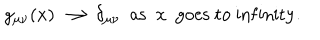
LaTeX: g _ { \mu \nu } ( x ) \longrightarrow \delta _ { \mu \nu } \ \ \mathrm { a s } \ \ x \ \ \mathrm { g o e s \ t o \ i n f i n i t y . }